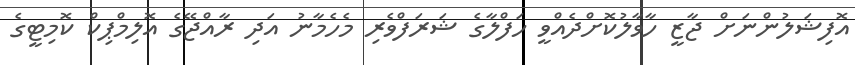
އޮފިޝަލުންނަށް ޖާޒީ ހާވާލުކޮށްދެއްވީ ހަފްލާގެ ޝަރަފްވެރި މެހެމާނު އަދި ރާއްޖޭގެ އޮލިމްޕިކް ކޮމިޓީގެ